Medical and sanitary report of the native army of Madras for the year
Year: 1876
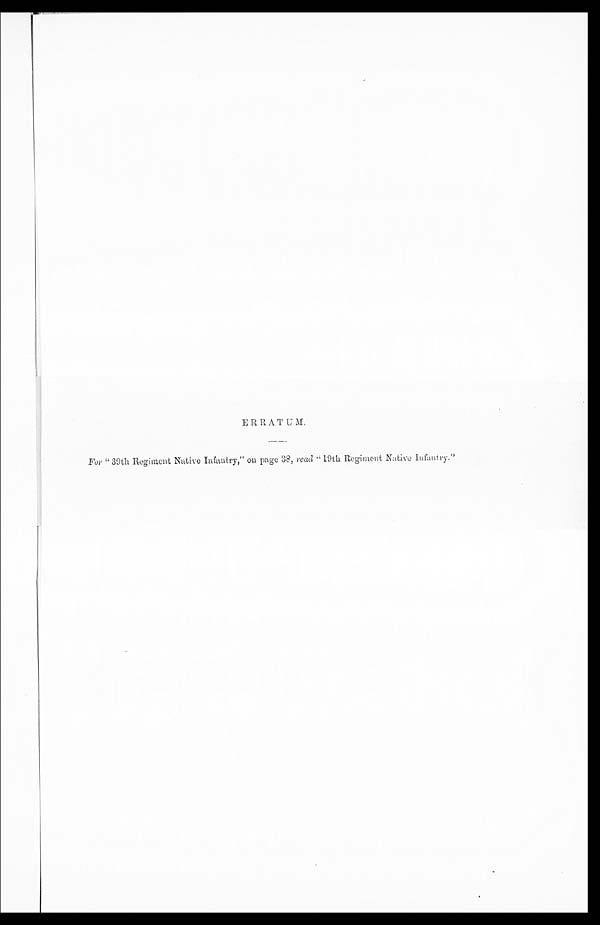
ERRATUM.
For "39th Regiment Native Infantry," on page 38, read "19th Regiment Native Infantry."